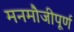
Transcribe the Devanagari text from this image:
मनमौजीपूर्ण